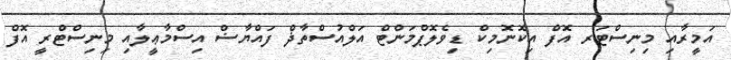
އަމީރާއި މިނިސްޓަރ އޮފް އިކޮނޮމިކް ޑިވެލޮޕްމަންޓް އަލްއުސްތާޛް ފައްޔާޟް އިސްމާޢީލާއި މިނިސްޓްރީ އޮފް